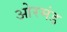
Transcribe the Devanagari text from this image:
ओरमंड